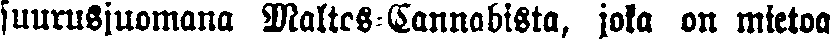
suurusjuomana Maltes-Cannabista, joka on mietoa